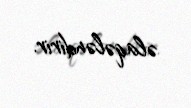
əlaqələndirir.